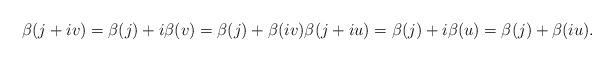
LaTeX: \begin{align*} \beta(j+i v)=\beta(j)+i \beta(v)=\beta(j)+ \beta(i v) \beta(j+i u)=\beta(j)+i \beta(u)=\beta(j)+ \beta(i u). \end{align*}